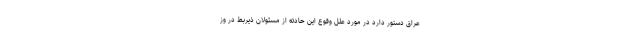
عراق دستور دارد در مورد علل وقوع این حادثه از مسئولان ذیربط در وز